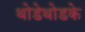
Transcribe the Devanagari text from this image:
थोडेथोडके